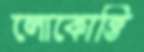
লোকোক্তি